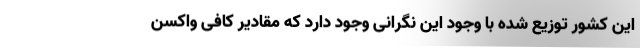
این کشور توزیع شده با وجود این نگرانی وجود دارد که مقادیر کافی واکسن